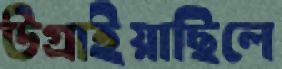
উগ্‌রাইয়াছিলে